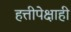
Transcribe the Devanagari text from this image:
हत्तीपेक्षाही